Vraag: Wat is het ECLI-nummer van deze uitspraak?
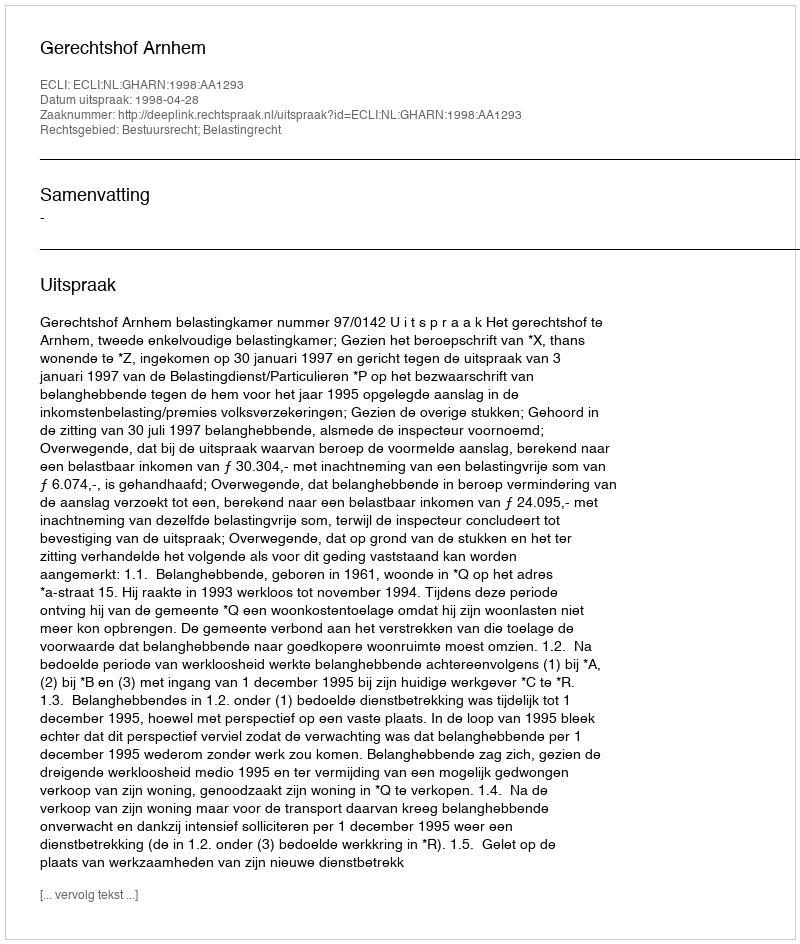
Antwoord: ECLI:NL:GHARN:1998:AA1293